Medical and sanitary report on the native army of Bombay for the year
Year: 1878
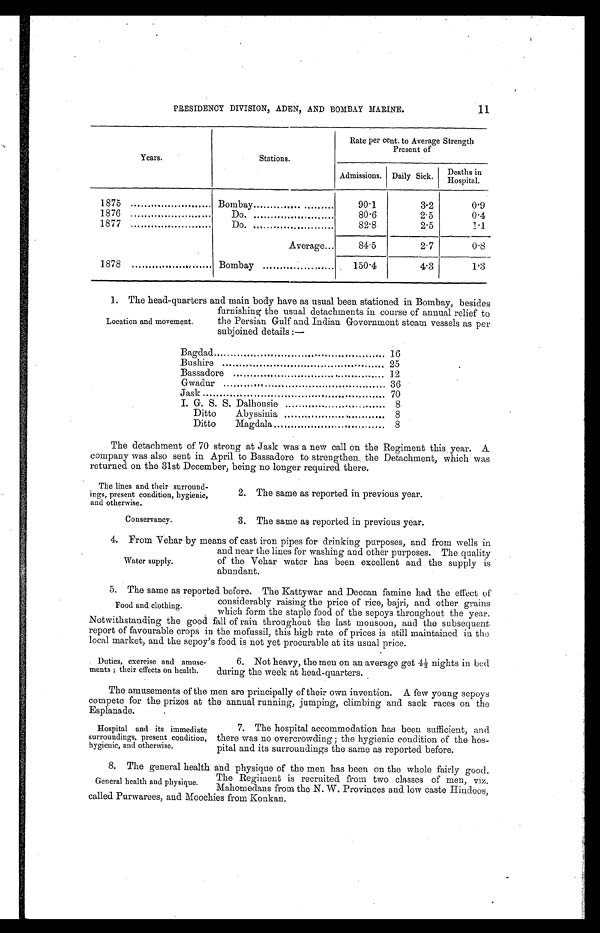
PRESIDENCY DIVISION, ADEN, AND BOMBAY MARINE.
11
Years.
Stations.
Rate per cent. to Average Strength
Present of
Admissions. Daily Sick. Deaths
1875
Bombay
90.1
3.2
0.9
1876
Do.
80.6
2.5
0.4
1877
Do. ...
82.8
2.5
1.1
1878
.
Average...
84.5
2.7
0.8
Bombay
150.4
4.3
1.3
1. The head-quarters and main body have as usual been stationed in Bombay, besides
Location and movement.
furnishing the usual detachments in course of annual relief to
the Persian Gulf and Indian Government steam vessels as per
subjoined details :—
Bagdad
16
Bushire
25
Bassadore
.
12
Gwadur
36
Jask
70
I. G. S. S. Dalhousie
8
Ditto
Abyssinia
.
8
Ditto
Magdala
8
The detachment of 70 strong at Jask was a new call on the Regiment this . year. A
company was also sent in April to Bassadore to strengthen the Detachment, which was
returned on the 31st December, being no longer required there.
The lines and their surround-
ings, present condition, hygienic,
and otherwise.
Conservancy.
2. The same as reported in previous year.
3. The same as reported in previous year.
4. From Vehar by means of cast iron pipes for drinking purposes, and from wells in
Water supply.
and near the lines for washing and other purposes. The quality
of the Vehar water has been excellent and the supply is
abundant.
5. The same as reported before. The Kattvwar and Deccan famine had the effect of
considerably raising the price of rice, bajri, and other grains
which form the staple food of the sepoys throughout the year.
Notwithstanding the good fall of rain throughout the last monsoon, and the subsequent
report of favourable crops in the mofussil, this high rate of prices is still maintained in the
local market, and the sepoy's food is not yet procurable at its usual price.
Food and clothing.
. Duties, exercise and amuse-
ments ; their effects on health.
6. Not heavy, the men on an average get 4½ nights in bed
during the week at head-quarters.
The amusements of the men aro principally of their own invention. A few young sepoys
compete for the prizes at the annual running, jumping, climbing and sack races on the
Esplanade.
Hospital and its immediate
surroundings, present condition,
hygienic, and . otherwise.
7. The hospital accommodation has been sufficient, and
there was no overcrowding ; the hygienic condition of the hos-
pital and its surroundings the same as reported before.
8. The general health and physique of the men has been on the whole fairly good.
The Regiment is recruited from two classes of men, viz.
Mahomedans from the N. W. Provinces and low caste Hindoos,
called Purwarees, and Moochies from Konkan.
General health and physique.